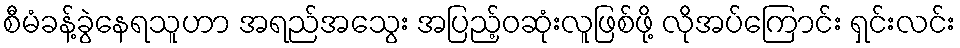
စီမံခန့်ခွဲနေရသူဟာ အရည်အသွေး အပြည့်ဝဆုံးလူဖြစ်ဖို့ လိုအပ်ကြောင်း ရှင်းလင်း